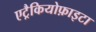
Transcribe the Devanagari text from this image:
एट्रैकियोफ़ाइटा